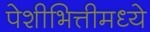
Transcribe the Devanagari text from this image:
पेशीभित्तीमध्ये